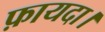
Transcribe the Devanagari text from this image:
फ़ायदा।